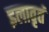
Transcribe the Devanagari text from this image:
इलावृतं